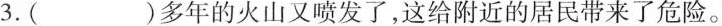
3.( )多年的火山又喷发了，这给附近的居民带来了危险。